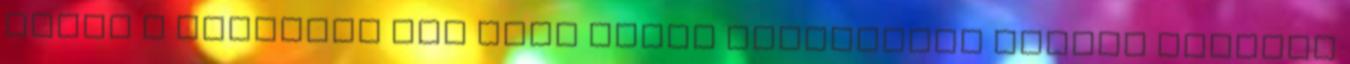
miatt a megyében már csak három helyszínen vannak elakadt